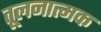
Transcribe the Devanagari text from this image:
तूलनात्मक